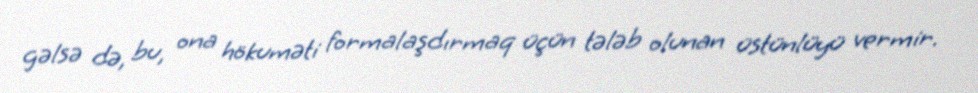
gəlsə də, bu, ona hökuməti formalaşdırmaq üçün tələb olunan üstünlüyü vermir.